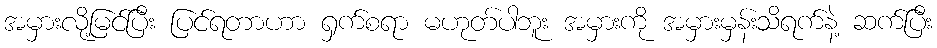
အမှားလို့မြင်ပြီး ပြင်ရတာဟာ ရှက်စရာ မဟုတ်ပါဘူး အမှားကို အမှားမှန်းသိရက်နဲ့ ဆက်ပြီး